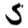
Digit: 5